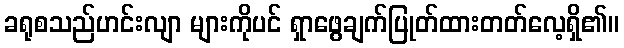
ခရုစသည်ဟင်းလျာ များကိုပင် ရှာဖွေချက်ပြုတ်ထားတတ်လေ့ရှိ၏။